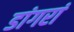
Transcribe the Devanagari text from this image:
डांगरां